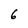
Character: 6